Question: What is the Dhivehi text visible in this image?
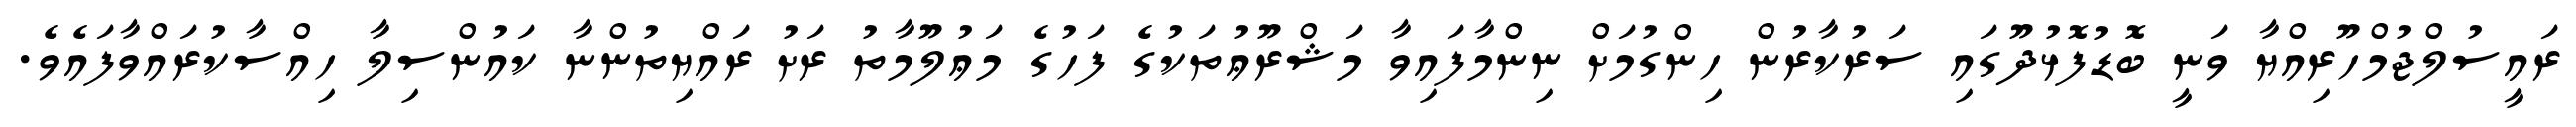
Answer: ރައީސުލްޖުމްހޫރިއްޔާ ވަނީ ބޮޑުފޮޅުދޫގައި ސަރުކާރުން ހިންގުމަށް ނިންމާފައިވާ މަޝްރޫޢުތަކުގެ ފަހުގެ މަޢުލޫމާތު ރަށު ރައްޔިތުންނާ ކައުންސިލާ ހިއްސާކުރައްވާފައެވެ.